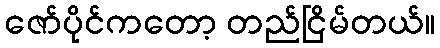
ဇော်ပိုင်ကတော့ တည်ငြိမ်တယ်။